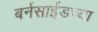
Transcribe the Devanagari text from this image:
बर्नसाईडच्या